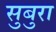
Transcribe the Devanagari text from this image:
सुबुरा